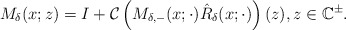
\begin{align*}M_\delta(x ;z)=I+\mathcal{C}\left(M_{\delta,-} (x ; \cdot) \hat{R}_\delta(x;\cdot)\right)(z), z \in\mathbb{C}^{\pm}.\end{align*}